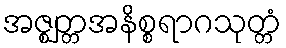
အဇ္ဈတ္တအနိစ္စရာဂသုတ္တံ